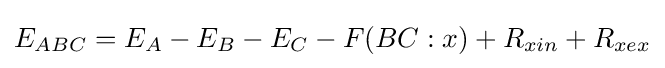
E_{ABC}=E_{A}-E_{B}-E_{C}-F(BC:x)+R_{xin}+R_{xex}